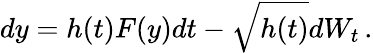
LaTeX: dy=h(t)F(y)dt-\sqrt{h(t)}dW_{t}\, .